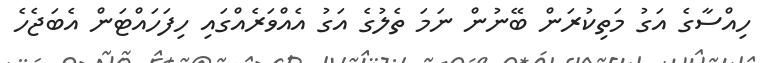
ހިއްސާގެ އަގު މަތިކުރަން ބޭނުން ނަމަ ތެލުގެ އަގު އެއްވަރެއްގައި ހިފަހައްޓަން އެބަޖެހެ